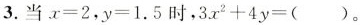
3.当$$x = 2$$，$$y = 1 . 5$$时，$$3 x^{2} + 4 y = ( )$$。